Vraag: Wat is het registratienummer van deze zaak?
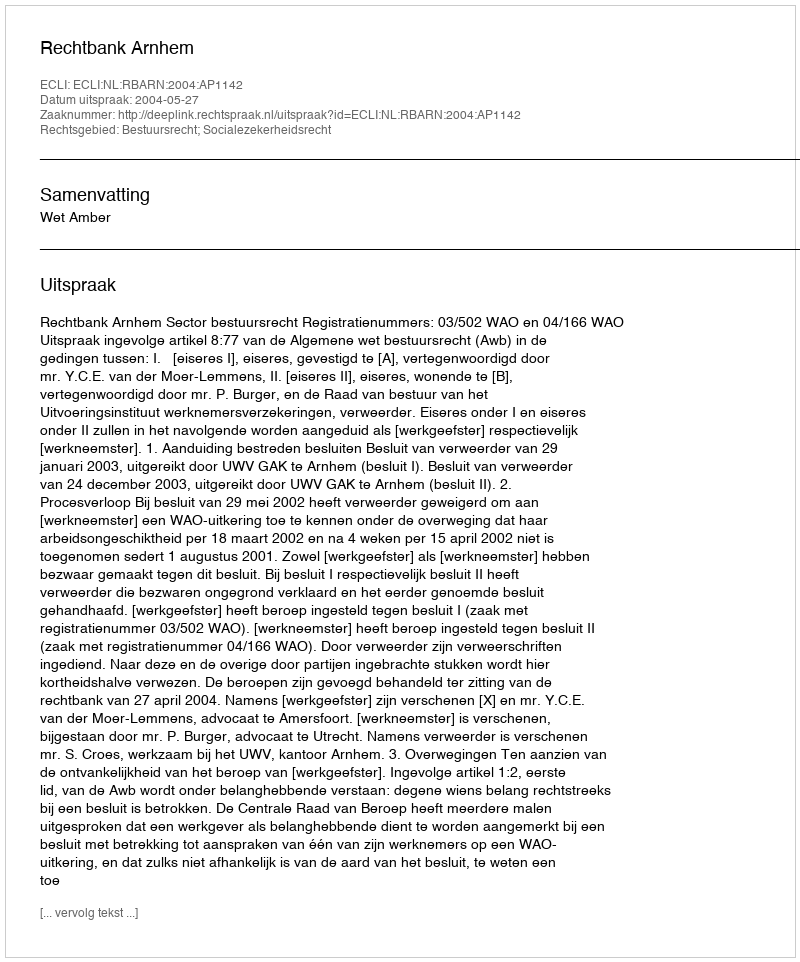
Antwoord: http://deeplink.rechtspraak.nl/uitspraak?id=ECLI:NL:RBARN:2004:AP1142